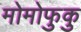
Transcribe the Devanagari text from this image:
मोमोफुकु